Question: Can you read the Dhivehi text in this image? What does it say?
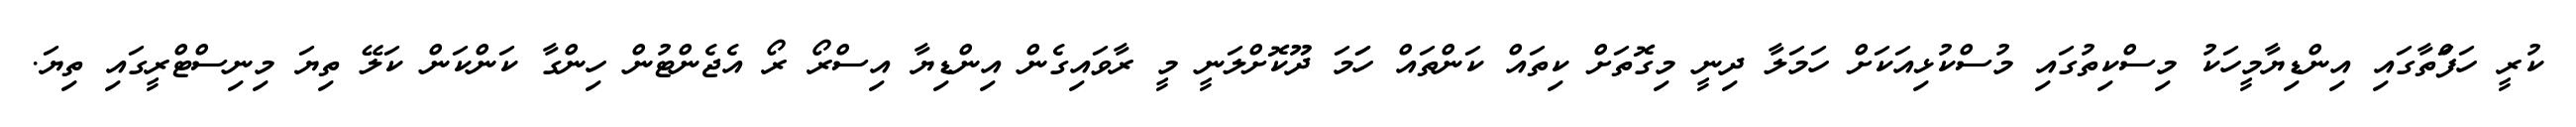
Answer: ކުރީ ހަފަްތާގައި އިންޑިޔާމީހަކު މިސްކިތުގައި މުސްކުޅިއަކަށް ހަމަލާ ދިނީ މިގޮތަށް ކިތައް ކަންތައް ހަަމަ ދޫކޮށްލަނީ މީ ރާވައިގެން އިންޑިޔާ އިސްރޯ ރޯ އެޖެންޓުން ހިންގާ ކަންކަން ކަލޭ ތިޔަ މިނިސްޓްރީގައި ތިޔަ.